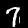
Digit: 7